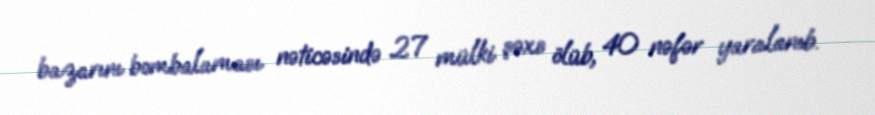
bazarını bombalaması nəticəsində 27 mülki şəxs ölüb, 40 nəfər yaralanıb.